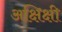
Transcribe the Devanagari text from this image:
अक्षिक्षी